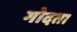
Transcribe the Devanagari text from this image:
गोदता